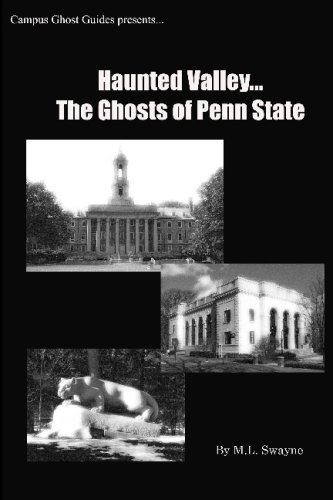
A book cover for Haunted Valley... The Ghosts Of Penn State: Ghost Stories And Haunted Tales Of Penn State; Matt Swayne; Religion & Spirituality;